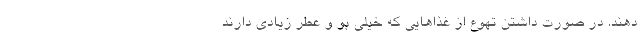
دهند. در صورت داشتن تهوع از غذاهایی که خیلی بو و عطر زیادی دارند